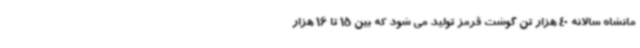
مانشاه سالانه 40 هزار تن گوشت قرمز تولید می شود که بین 15 تا 16 هزار